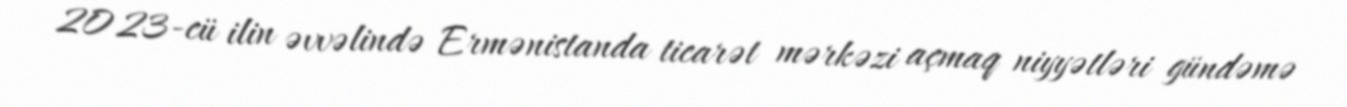
2023-cü ilin əvvəlində Ermənistanda ticarət mərkəzi açmaq niyyətləri gündəmə